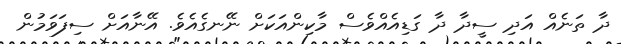
ދާ ތަނެއް އަދި ސީދާ ދާ ގަޑިއެއްވެސް މާކިންއަކަށް ނޭނގެއެވެ. އޭނާއަށް ސިފަވަމުން